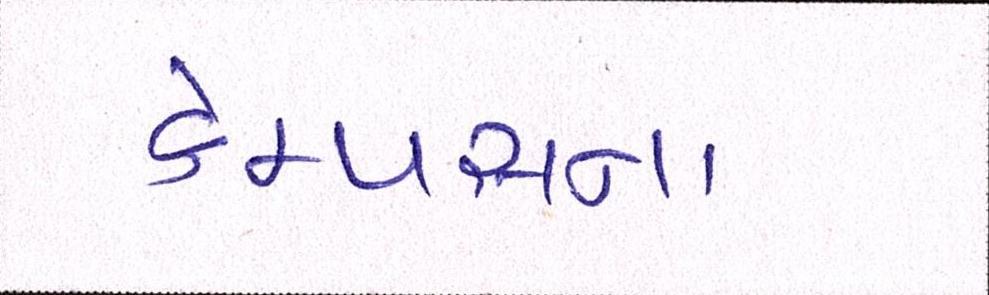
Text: કેમ્પસના